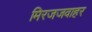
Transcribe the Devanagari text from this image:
मिरजजवाहर